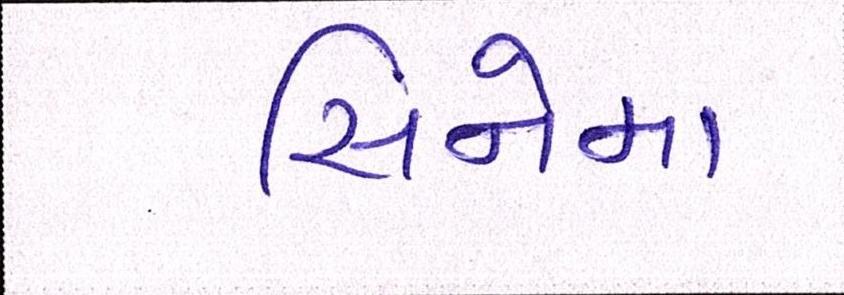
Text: સિનેમા